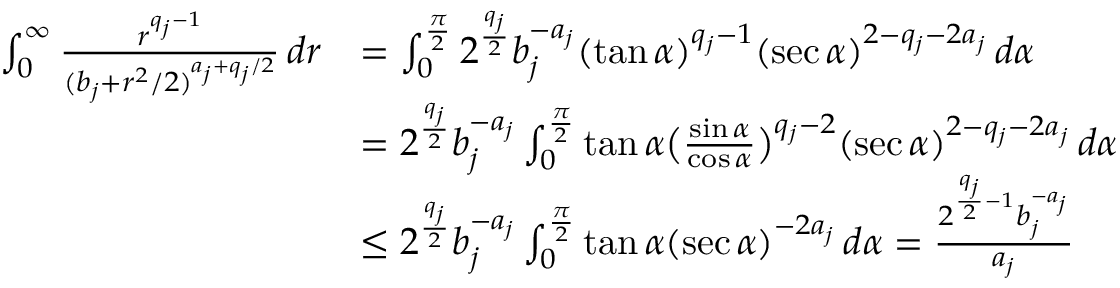
\begin{array} { r l } { \int _ { 0 } ^ { \infty } \frac { r ^ { q _ { j } - 1 } } { ( b _ { j } + r ^ { 2 } / 2 ) ^ { a _ { j } + q _ { j } / 2 } } \, d r } & { = \int _ { 0 } ^ { \frac { \pi } { 2 } } 2 ^ { \frac { q _ { j } } { 2 } } b _ { j } ^ { - a _ { j } } ( \tan \alpha ) ^ { q _ { j } - 1 } ( \sec \alpha ) ^ { 2 - q _ { j } - 2 a _ { j } } \, d \alpha } \\ & { = 2 ^ { \frac { q _ { j } } { 2 } } b _ { j } ^ { - a _ { j } } \int _ { 0 } ^ { \frac { \pi } { 2 } } \tan \alpha \big ( \frac { \sin \alpha } { \cos \alpha } \big ) ^ { q _ { j } - 2 } ( \sec \alpha ) ^ { 2 - q _ { j } - 2 a _ { j } } \, d \alpha } \\ & { \le 2 ^ { \frac { q _ { j } } { 2 } } b _ { j } ^ { - a _ { j } } \int _ { 0 } ^ { \frac { \pi } { 2 } } \tan \alpha ( \sec \alpha ) ^ { - 2 a _ { j } } \, d \alpha = \frac { 2 ^ { \frac { q _ { j } } { 2 } - 1 } b _ { j } ^ { - a _ { j } } } { a _ { j } } } \end{array}